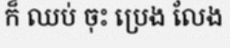
ក៏ ឈប់ ចុះ ប្រេង លែង